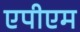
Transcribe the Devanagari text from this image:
एपीएम